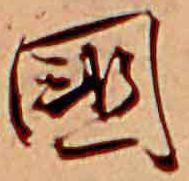
国